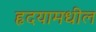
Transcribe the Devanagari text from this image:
हृदयामधील